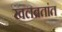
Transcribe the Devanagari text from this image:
खलबतांत